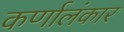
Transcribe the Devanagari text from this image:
कर्णालंकार